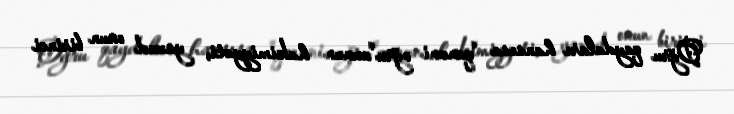
Oğru qaydaları hansısa "qanuni oğru"nunun hakimiyyəti, yaxud onun birinci